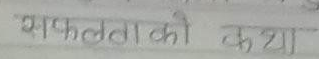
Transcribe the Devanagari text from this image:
सफलताको कथा